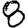
Digit: 8